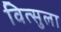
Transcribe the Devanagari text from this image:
वित्सुला